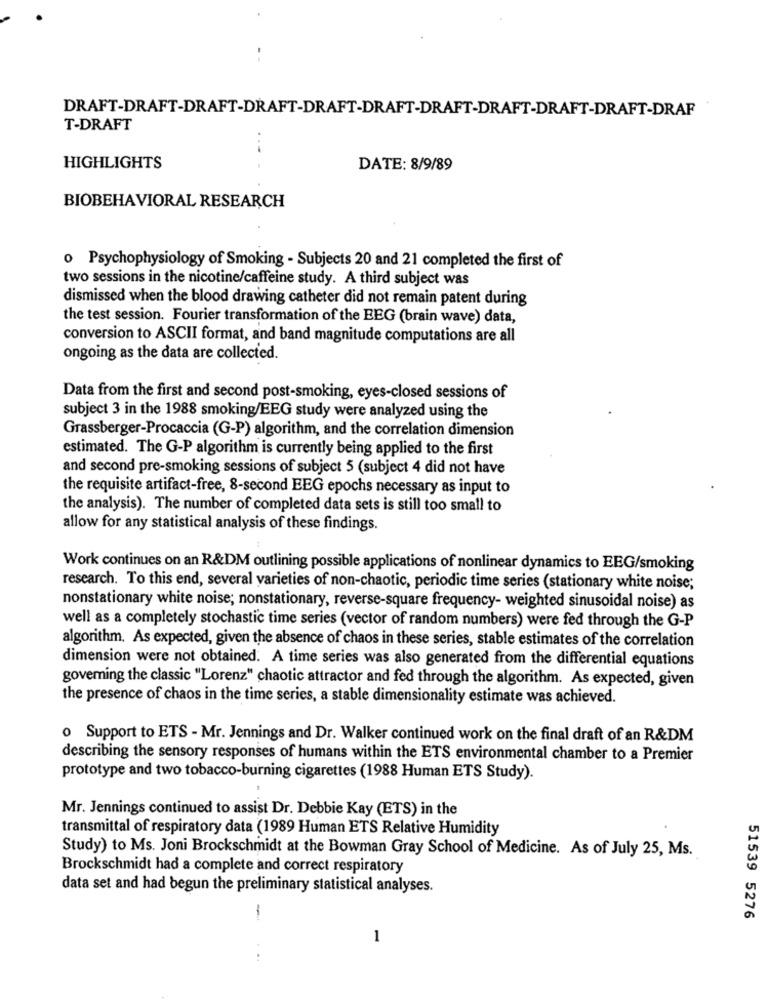
.-
DRAFT-DRAFT-DRAFT-DRAFT-DRAFT-DRAFT-DRAFT-DRAFT-DRAFT-DRAFT-DRAF
T-DRAFT
HIGHLIGHTS
DATE: 8/9/89
BIOBEHAVIORAL RESEARCH
o Psychophysiology of Smoking - Subjects 20 and 21 completed the first of
two sessions in the nicotine/caffeine study. A third subject was
dismissed when the blood drawing catheter did not remain patent during
the test session. Fourier transformation of the EEG (brain wave) data,
conversion to ASCII format, and band magnitude computations are all
ongoing as the data are collected.
Data from the first and second post-smoking, eyes-closed sessions of
subject 3 in the 1988 smoking/EEG study were analyzed using the
Grassberger-Procaccia (G-P) algorithm, and the correlation dimension
estimated. The G-P algorithm is currently being applied to the first
and second pre-smoking sessions of subject 5 (subject 4 did not have
the requisite artifact-free, 8-second EEG epochs necessary as input to
the analysis). The number of completed data sets is still too small to
allow for any statistical analysis of these findings.
Work continues on an R&DM outlining possible applications of nonlinear dynamics to EEG/smoking
research. To this end, several varieties of non-chaotic, periodic time series (stationary white noise;
nonstationary white noise; nonstationary, reverse-square frequency- weighted sinusoidal noise) as
well as a completely stochastic time series (vector of random numbers) were fed through the G-P
algorithm. As expected, given the absence of chaos in these series, stable estimates of the correlation
dimension were not obtained. A time series was also generated from the differential equations
goveming the classic "Lorenz" chaotic attractor and fed through the algorithm. As expected, given
the presence of chaos in the time series, a stable dimensionality estimate was achieved.
o Support to ETS - Mr. Jennings and Dr. Walker continued work on the final draft of an R&DM
describing the sensory responses of humans within the ETS environmental chamber to a Premier
prototype and two tobacco-burning cigarettes (1988 Human ETS Study).
Mr. Jennings continued to assist Dr. Debbie Kay (ETS) in the
transmittal of respiratory data (1989 Human ETS Relative Humidity
Study) to Ms. Joni Brockschmidt at the Bowman Gray School of Medicine. As of July 25, Ms.
Brockschmidt had a complete and correct respiratory
data set and had begun the preliminary statistical analyses.
51539 5276